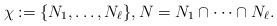
LaTeX: \begin{align*}\chi := \{N_1, \dots, N_\ell\}, N = N_1 \cap \dots \cap N_\ell.\end{align*}